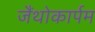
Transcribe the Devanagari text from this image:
जैंथोकार्पम